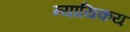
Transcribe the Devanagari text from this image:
न्यायिकय